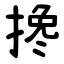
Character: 搀